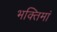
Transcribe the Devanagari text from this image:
भक्तिमां